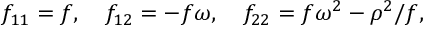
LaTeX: f _ { 1 1 } = f , \quad f _ { 1 2 } = - f \omega , \quad f _ { 2 2 } = f \omega ^ { 2 } - \rho ^ { 2 } / f ,